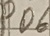
Text: PO6